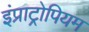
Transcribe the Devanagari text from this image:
इंप्राट्रोपियम